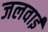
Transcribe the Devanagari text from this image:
जलवाई